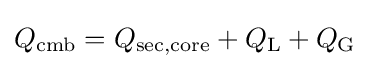
Q_{\text{cmb}}=Q_{\text{sec,core}}+Q_{\text{L}}+Q_{\text{G}}